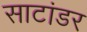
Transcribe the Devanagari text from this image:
साटांडर